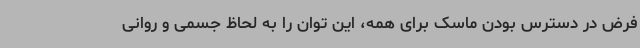
فرض در دسترس بودن ماسک برای همه، این توان را به لحاظ جسمی و روانی